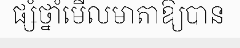
ផ្សំថ្នាំមើលមាតាឱ្យបាន